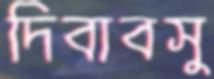
দিবাবসু